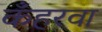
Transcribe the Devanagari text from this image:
कँहरवा